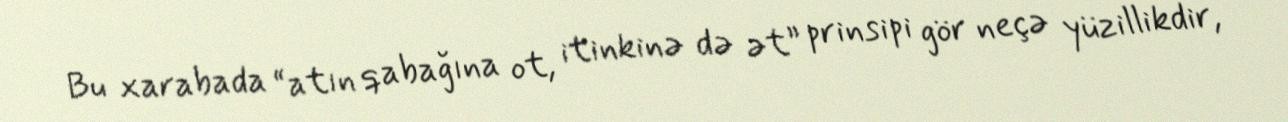
Bu xarabada “atın qabağına ot, itinkinə də ət” prinsipi gör neçə yüzillikdir,